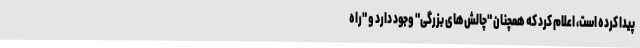
پیدا کرده است، اعلام کرد که همچنان "چالش‌های بزرگی" وجود دارد و "راه